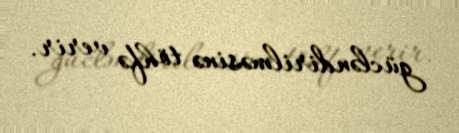
gücləndirilməsinə töhfə verir.